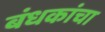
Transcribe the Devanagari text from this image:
बंधकांचा